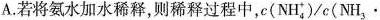
A.若将氨水加水稀释，则稀释过程中，c(NH_{4}^{+})/c(NH_{3}\cdot